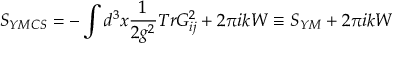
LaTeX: S _ { Y M C S } = - \int d ^ { 3 } x \frac { 1 } { 2 g ^ { 2 } } T r G _ { i j } ^ { 2 } + 2 \pi i k W \equiv S _ { Y M } + 2 \pi i k W